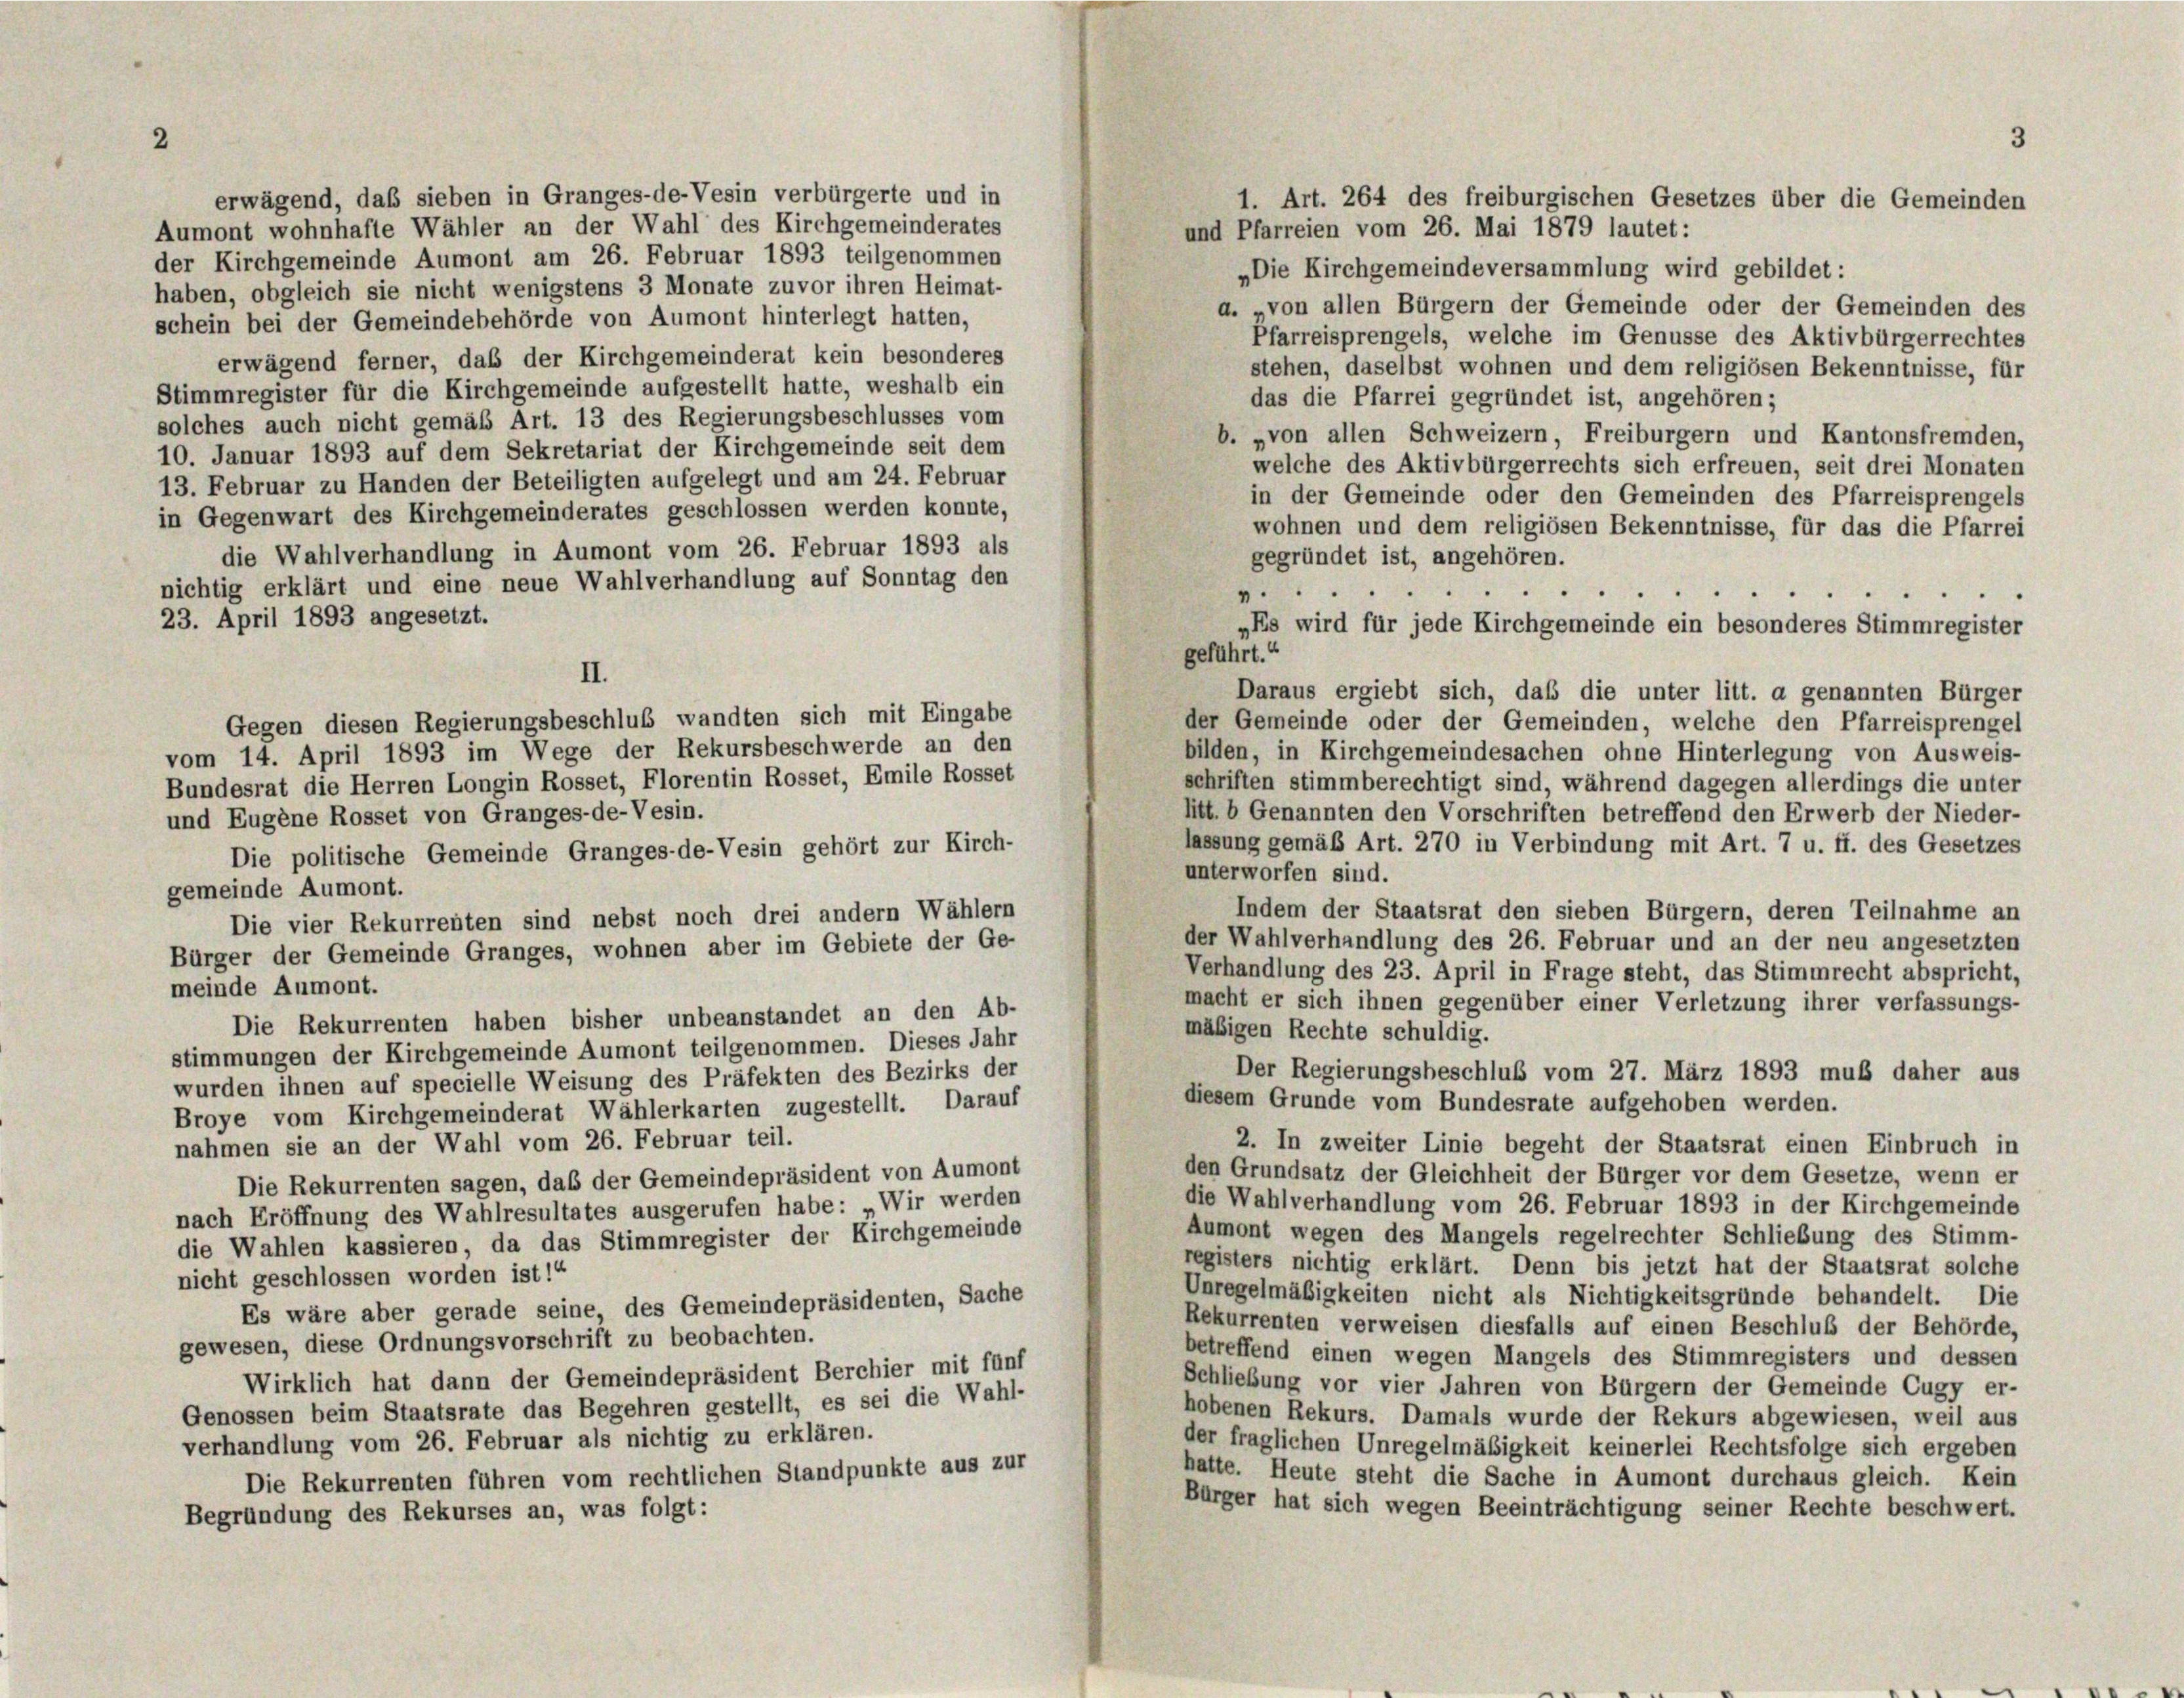
erwägend, daß sieben in Granges-de-Vesin verbürgerte und in
1. Art. 264 des freiburgischen Gesetzes über die Gemeinden
Aumont wohnhafte Wähler an der Wahl des Kirchgemeinderates
und Pfarreien vom 26. Mai 1879 lautet:
der Kirchgemeinde Aumont am 26. Februar 1893 teilgenommen
„Die Kirchgemeindeversammlung wird gebildet:
haben, obgleich sie nicht wenigstens 3 Monate zuvor ihren Heimat-
a. „von allen Bürgern der Gemeinde oder der Gemeinden des
schein bei der Gemeindebehörde von Aumont hinterlegt hatten,
Pfarreisprengels, welche im Genüsse des Aktivbürgerrechtes
erwägend ferner, daß der Kirchgemeinderat kein besonderes
stehen, daselbst wohnen und dem religiösen Bekenntnisse, für
Stimmregister für die Kirchgemeinde aufgestellt hatte, weshalb ein
das die Pfarrei gegründet ist, angehören;
solches auch nicht gemäß Art. 13 des Regierungsbeschlusses vom
b. »von allen Schweizern, Freiburgern und Kantonsfremden,
10. Januar 1893 auf dem Sekretariat der Kirchgemeinde seit dem
welche des Aktivbürgerrechts sich erfreuen, seit drei Monaten
13. Februar zu Handen der Beteiligten aufgelegt und am 24. Februar
in der Gemeinde oder den Gemeinden des Pfarreisprengels
in Gegenwart des Kirchgemeinderates geschlossen werden konnte,
wohnen und dem religiösen Bekenntnisse, für das die Pfarrei
die Wahlverhandlung in Aumont vom 26. Februar 1893 als
gegründet ist, angehören.
nichtig erklärt und eine neue Wahlverhandlung auf Sonntag den
.
23. April 1893 angesetzt.
„Es wird für jede Kirchgemeinde ein besonderes Stimmregister
geführt.“
II.
Daraus ergiebt sich, daß die unter litt. a genannten Bürger
Gegen diesen Regierungsbeschluß wandten sich mit Eingabe
der Gemeinde oder der Gemeinden, welche den Pfarreisprengel
vom 14. April 1893 im Wege der Rekursbeschwerde an den
bilden, in Kirchgemeindesachen ohne Hinterlegung von Ausweis-
Bundesrat die Herren Longin Rosset, Florentin Rosset, Emile Rosset
schriften stimmberechtigt sind, während dagegen allerdings die unter
litt. b Genannten den Vorschriften betreffend den Erwerb der Nieder-
und Eugene Rosset von Granges-de-Vesin.
lassung gemäß Art. 270 in Verbindung mit Art. 7 u. ff. des Gesetzes
Die politische Gemeinde Granges-de-Vesin gehört zur Kirch-
unterworfen sind.
gemeinde Aumont.
Indem der Staatsrat den sieben Bürgern, deren Teilnahme an
Die vier Rekurrenten sind nebst noch drei andern Wählern
der Wahlverhandlung des 26. Februar und an der neu angesetzten
Bürger der Gemeinde Granges, wohnen aber im Gebiete der Ge-
Verhandlung des 23. April in Frage steht, das Stimmrecht abspricht,
meinde Aumont.
macht er sich ihnen gegenüber einer Verletzung ihrer verfassungs-
Die Rekurrenten haben bisher unbeanstandet an den Ab-
mäßigen Rechte schuldig.
stimmungen der Kirchgemeinde Aumont teilgenommen. Dieses Jahr
Der Regierungsbeschluß vom 27. März 1893 muß daher aus
wurden ihnen auf specielle Weisung des Präfekten des Bezirks der
diesem Grunde vom Bundesrate aufgehoben werden.
Broye vom Kirchgemeinderat Wählerkarten zugestellt. Darauf
2. In zweiter Linie begeht der Staatsrat einen Einbruch in
nahmen sie an der Wahl vom 26. Februar teil.
den Grundsatz der Gleichheit der Bürger vor dem Gesetze, wenn er
Die Rekurrenten sagen, daß der Gemeindepräsident von Aumont
die Wahlverhandlung vom 26. Februar 1893 in der Kirchgemeinde
nach Eröffnung des Wahlresultates ausgerufen habe: „Wir werden
Aumont wegen des Mangels regelrechter Schließung des Stimm-
die Wahlen kassieren, da das Stimmregister der Kirchgemeinde
registers nichtig erklärt. Denn bis jetzt hat der Staatsrat solche
nicht geschlossen worden ist!“
Unregelmäßigkeiten nicht als Nichtigkeitsgründe behandelt. Die
Es wäre aber gerade seine, des Gemeindepräsidenten, Sache
Rekurrenten verweisen diesfalls auf einen Beschluß der Behörde,
gewesen, diese Ordnungsvorschrift zu beobachten.
betreffend einen wegen Mangels des Stimmregisters und dessen
Wirklich hat dann der Gemeindepräsident Berchier mit fünf
Schließung vor vier Jahren von Bürgern der Gemeinde Cugy er-
Genossen beim Staatsrate das Begehren gestellt, es sei die Wahl-
hobenen Rekurs. Damals wurde der Rekurs abgewiesen, weil aus
verhandlung vom 26. Februar als nichtig zu erklären.
der fraglichen Unregelmäßigkeit keinerlei Rechtsfolge sich ergeben
hatte. Heute steht die Sache in Aumont durchaus gleich. Kein
Die Rekurrenten führen vom rechtlichen Standpunkte aus zur
Bürger hat sich wegen Beeinträchtigung seiner Rechte beschwert.
Begründung des Rekurses an, was folgt: